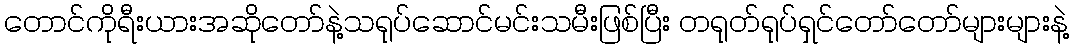
တောင်ကိုရီးယားအဆိုတော်နဲ့သရုပ်ဆောင်မင်းသမီးဖြစ်ပြီး တရုတ်ရုပ်ရှင်တော်တော်များများနဲ့